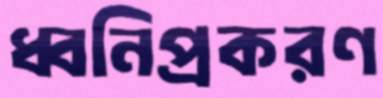
ধ্বনিপ্রকরণ